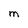
Character: M